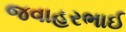
જવાહરભાઈ